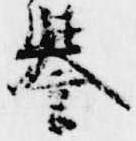
誉